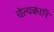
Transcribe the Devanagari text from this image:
चेत्थकारि